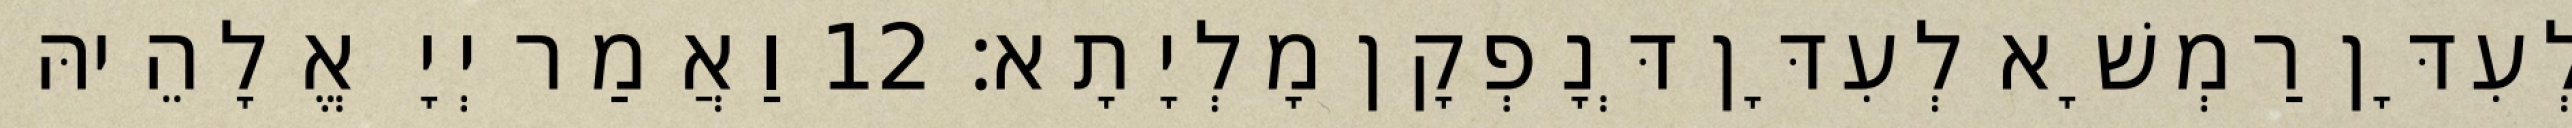
לְעִדָּן רַמְשָׁא לְעִדָּן דְּנָפְקָן מָלְיָתָא׃ 12 וַאֲמַר יְיָ אֱלָהֵיהּ